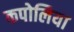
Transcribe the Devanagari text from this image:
कपोलिया